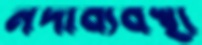
নদীব্যবস্থা